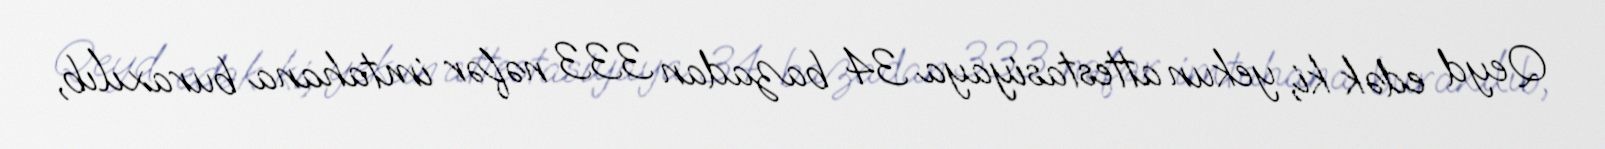
Qeyd edək ki, yekun attestasiyaya 34 bazadan 333 nəfər imtahana buraxılıb,